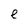
Character: e